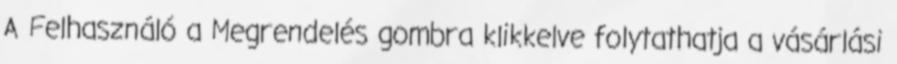
A Felhasználó a Megrendelés gombra klikkelve folytathatja a vásárlási